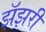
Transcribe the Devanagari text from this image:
झॅझरी